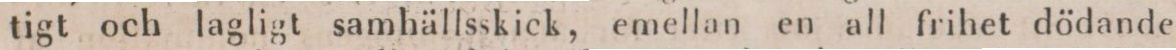
tigt och lagligt samhällsskick, emellan en all frihet dödande